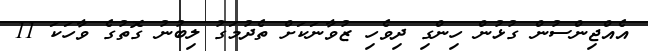
އެއްޖިންސުން ގުޅުން ހިންގި ދިވެހި ޒުވާނަކަށް ތެދުމަގު ލިބުނު ގޮތުގެ ވާހަކަ 11